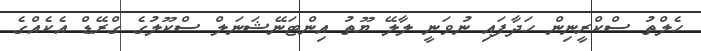
ހެލްތު ސްކްރީނިން ހަދާފައި ނުވަނީ ލާލޭ ޔޫތު އިންޓަނޭޝަނަލް ސްކޫލުގެ ގްރޭޑް އެކެއްގެ